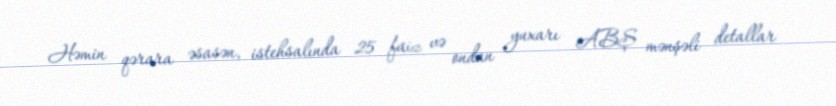
Həmin qərara əsasən, istehsalında 25 faiz və ondan yuxarı ABŞ mənşəli detallar